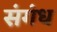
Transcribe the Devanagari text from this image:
संगंध